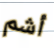
أشم